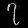
Digit: ၇